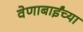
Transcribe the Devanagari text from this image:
वेणाबाईंच्या